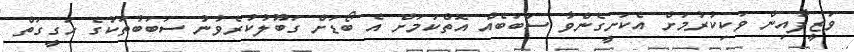
ވަޒީފާއިން ވަކިކުރުމަށް އެކަށީގެންވާ ސަބަބެއް އޮތްކަމަށް އެ ބޯޑަށް ގަބޫލުކުރެވުނު ސަބަބުތަކުގެ ހަގީގަތް